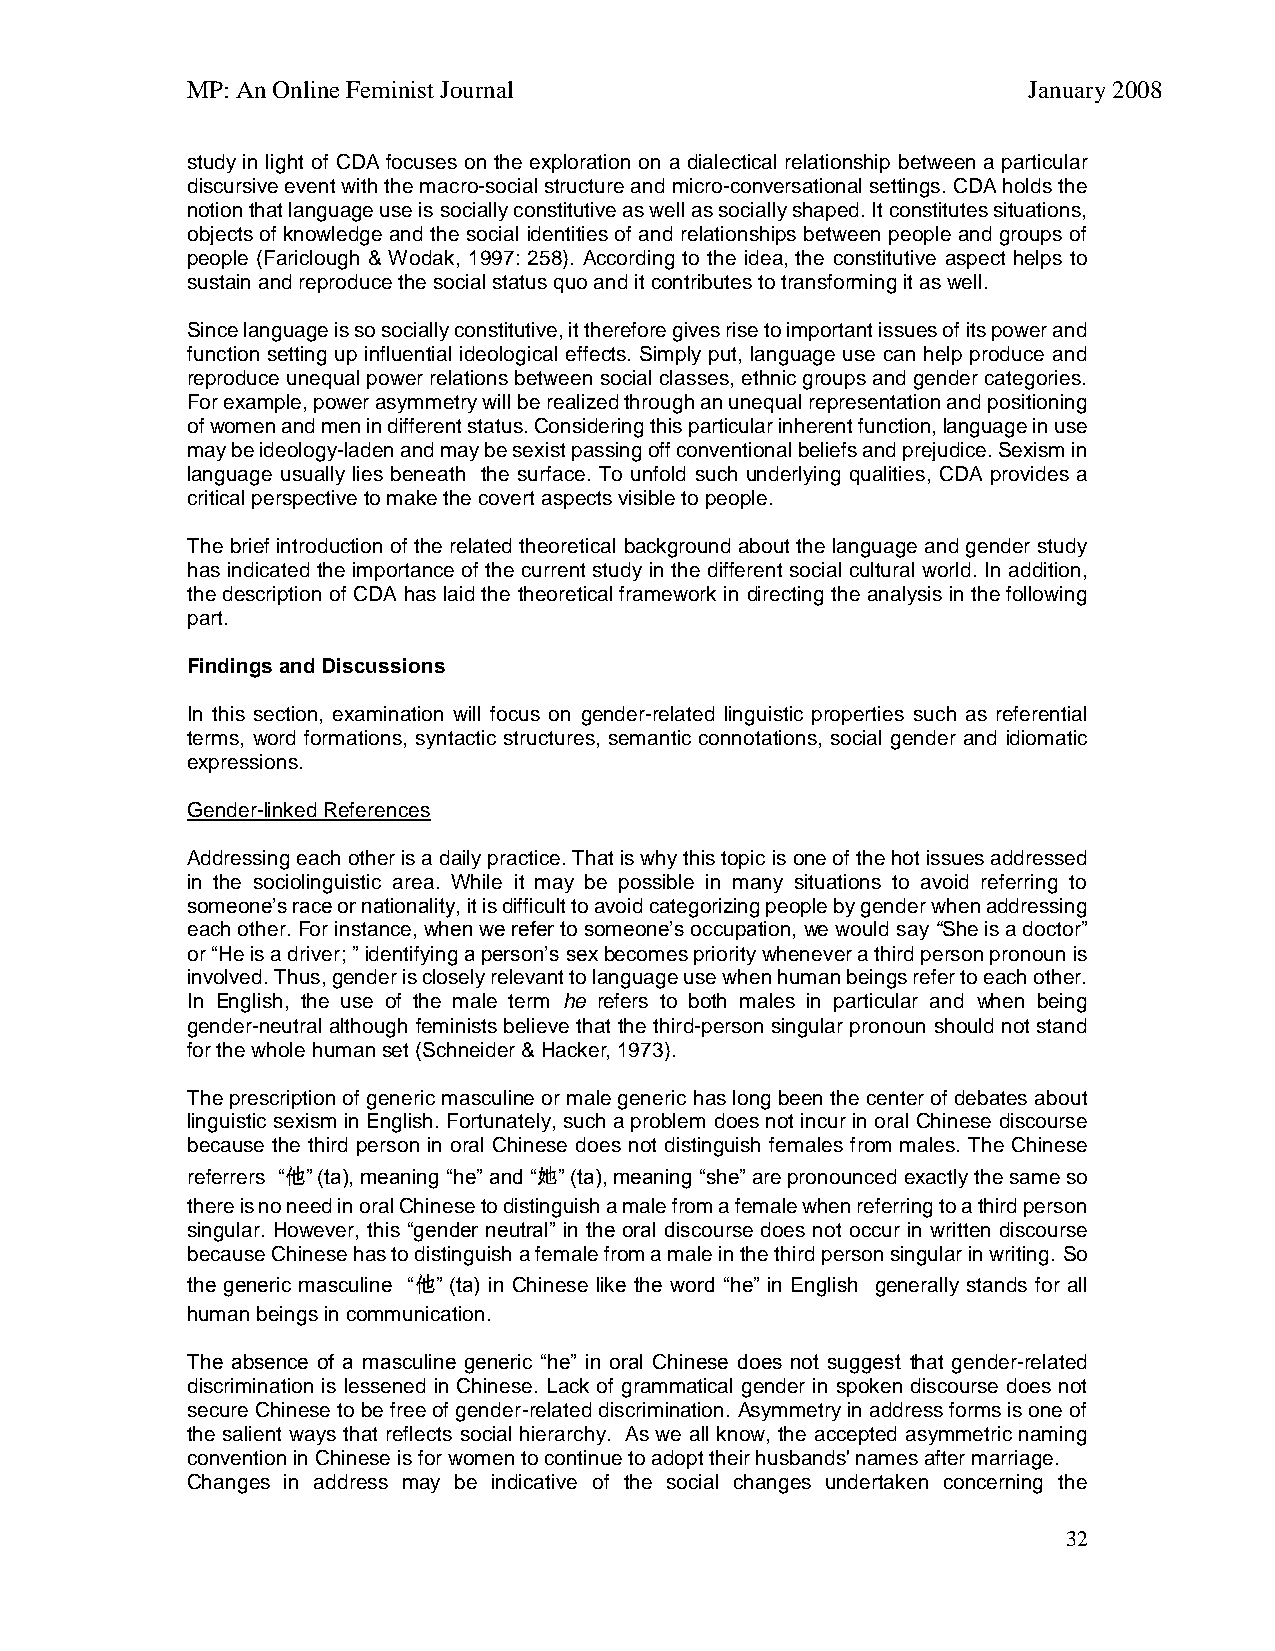
MP: An Online Feminist Journal                          January 2008
 study in light of CDA focuses on the exploration on a dialectical relationship between a particular
 discursive event with the macro-social structure and micro-conversational settings. CDA holds the
 notion that language use is socially constitutive as well as socially shaped. It constitutes situations,
 objects of knowledge and the social identities of and relationships between people and groups of
 people (Fariclough & Wodak, 1997: 258). According to the idea, the constitutive aspect helps to
 sustain and reproduce the social status quo and it contributes to transforming it as well.
 Since language is so socially constitutive, it therefore gives rise to important issues of its power and
 function setting up influential ideological effects. Simply put, language use can help produce and
 reproduce unequal power relations between social classes, ethnic groups and gender categories.
 For example, power asymmetry will be realized through an unequal representation and positioning
 of women and men in different status. Considering this particular inherent function, language in use
 may be ideology-laden and may be sexist passing off conventional beliefs and prejudice. Sexism in
 language usually lies beneath the surface. To unfold such underlying qualities, CDA provides a
 critical perspective to make the covert aspects visible to people.
 The brief introduction of the related theoretical background about the language and gender study
 has indicated the importance of the current study in the different social cultural world. In addition,
 the description of CDA has laid the theoretical framework in directing the analysis in the following
 part.
 Findings and Discussions
 In this section, examination will focus on gender-related linguistic properties such as referential
 terms, word formations, syntactic structures, semantic connotations, social gender and idiomatic
 expressions.
 Gender-linked References
 Addressing each other is a daily practice. That is why this topic is one of the hot issues addressed
 in the sociolinguistic area. While it may be possible in many situations to avoid referring to
 someone’s race or nationality, it is difficult to avoid categorizing people by gender when addressing
 each other. For instance, when we refer to someone’s occupation, we would say “She is a doctor”
 or “He is a driver; ” identifying a person’s sex becomes priority whenever a third person pronoun is
 involved. Thus, gender is closely relevant to language use when human beings refer to each other.
 In English, the use of the male term he refers to both males in particular and when being
 gender-neutral although feminists believe that the third-person singular pronoun should not stand
 for the whole human set (Schneider & Hacker, 1973).
 The prescription of generic masculine or male generic has long been the center of debates about
 linguistic sexism in English. Fortunately, such a problem does not incur in oral Chinese discourse
 because the third person in oral Chinese does not distinguish females from males. The Chinese
 referrers “他” (ta), meaning “he” and “她” (ta), meaning “she” are pronounced exactly the same so
 there is no need in oral Chinese to distinguish a male from a female when referring to a third person
 singular. However, this “gender neutral” in the oral discourse does not occur in written discourse
 because Chinese has to distinguish a female from a male in the third person singular in writing. So
 the generic masculine “他” (ta) in Chinese like the word “he” in English generally stands for all
 human beings in communication.
 The absence of a masculine generic “he” in oral Chinese does not suggest that gender-related
 discrimination is lessened in Chinese. Lack of grammatical gender in spoken discourse does not
 secure Chinese to be free of gender-related discrimination. Asymmetry in address forms is one of
 the salient ways that reflects social hierarchy. As we all know, the accepted asymmetric naming
 convention in Chinese is for women to continue to adopt their husbands' names after marriage.
 Changes in address may be indicative of the social changes undertaken concerning the
 32